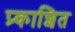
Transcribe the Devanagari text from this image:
प्र्काशित